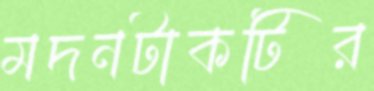
মদনটাকটির